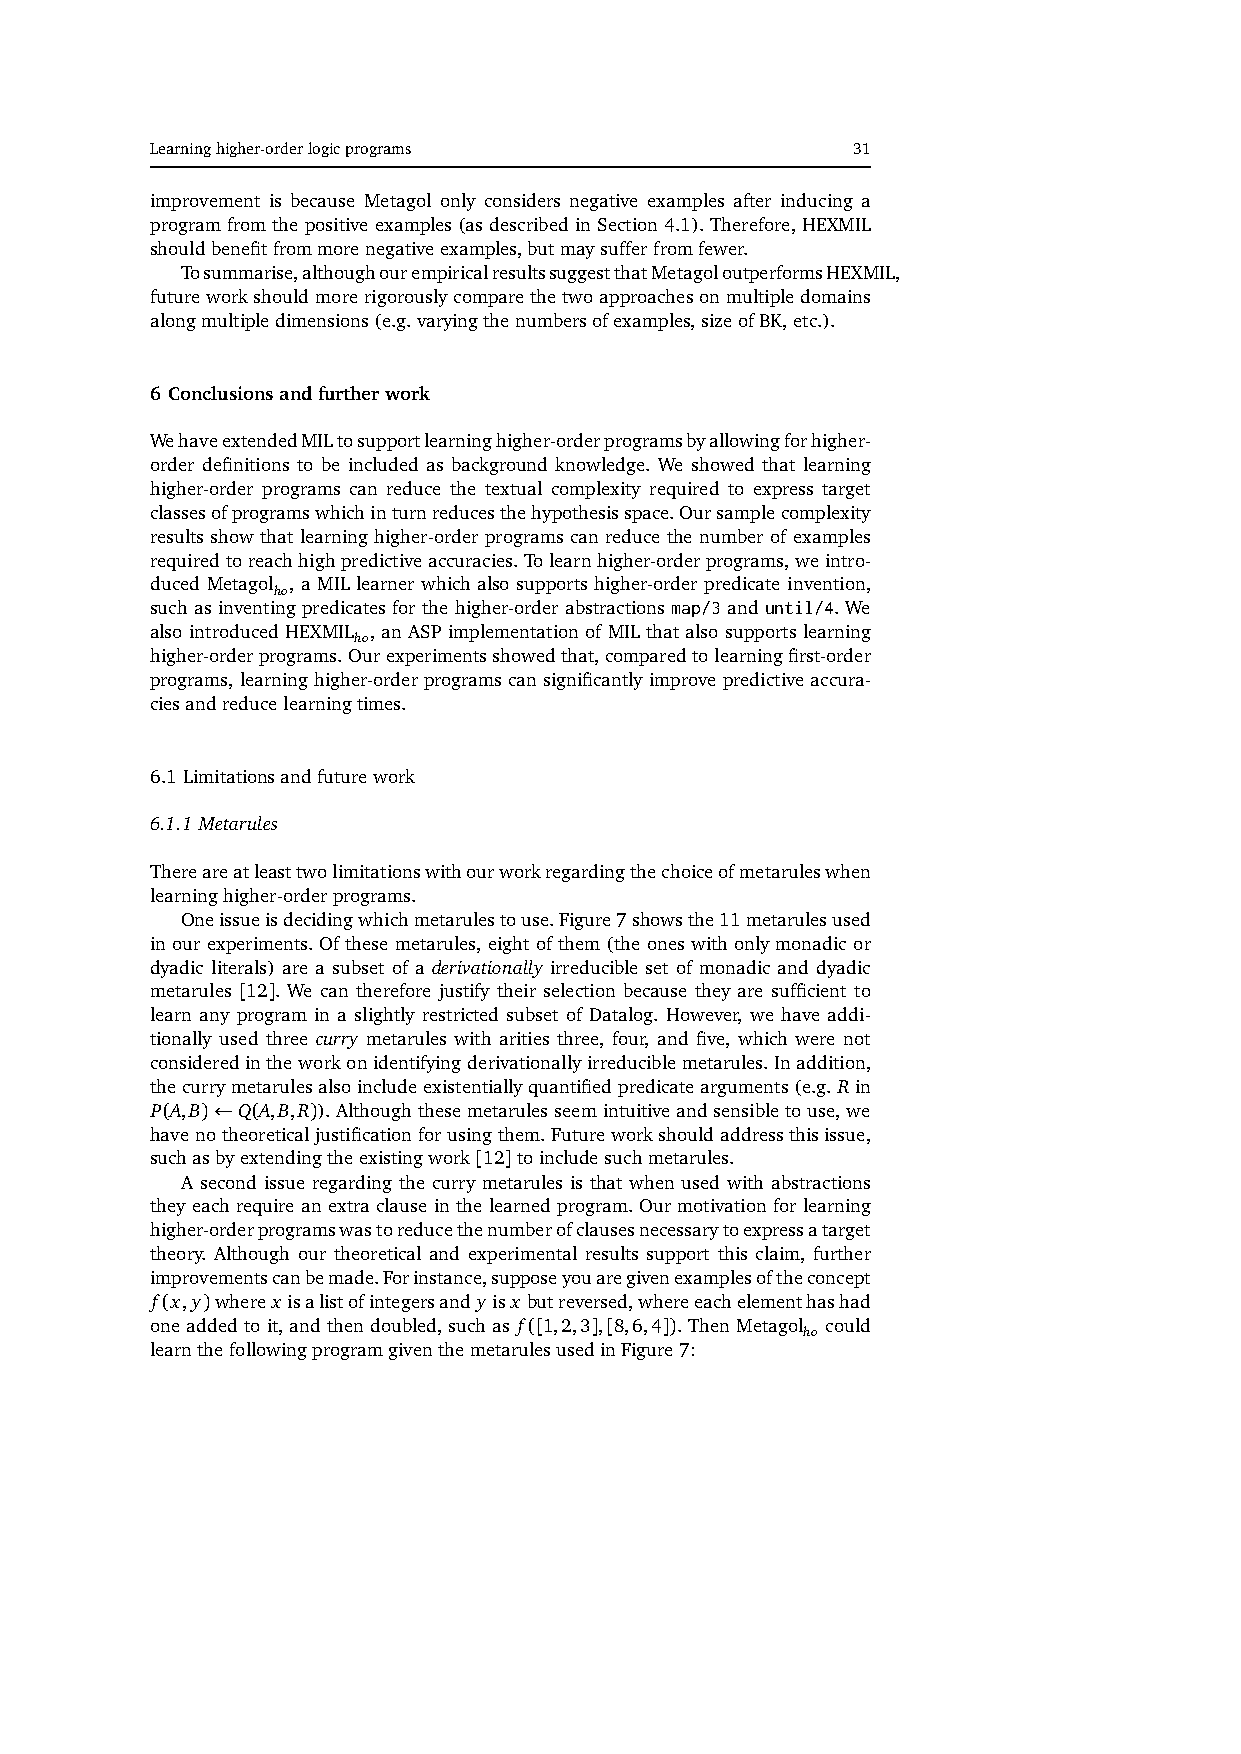
Learninghigher-orderlogicprograms             31
 improvement is because Metagol only considers negative examples after inducing a
 programfromthepositiveexamples(asdescribedinSection4.1).Therefore,HEXMIL
 shouldbenefitfrommorenegativeexamples,butmaysufferfromfewer.
 Tosummarise,althoughourempiricalresultssuggestthatMetagoloutperformsHEXMIL,
 futureworkshouldmorerigorouslycomparethetwoapproachesonmultipledomains
 alongmultipledimensions(e.g.varyingthenumbersofexamples,sizeofBK,etc.).
 6 Conclusionsandfurtherwork
 WehaveextendedMILtosupportlearninghigher-orderprogramsbyallowingforhigher-
 order definitions to be included as background knowledge. We showed that learning
 higher-order programs can reduce the textual complexity required to express target
 classesofprogramswhichinturnreducesthehypothesisspace.Oursamplecomplexity
 results show that learning higher-order programs can reduce the number of examples
 requiredtoreachhighpredictiveaccuracies.Tolearnhigher-orderprograms,weintro-
 duced Metagol , a MIL learner which also supports higher-order predicate invention,
 ho
 such as inventing predicates for the higher-order abstractions map/3 and until/4. We
 also introduced HEXMIL , an ASP implementation of MIL that also supports learning
 ho
 higher-orderprograms.Ourexperimentsshowedthat,comparedtolearningfirst-order
 programs,learninghigher-orderprogramscansignificantlyimprovepredictiveaccura-
 ciesandreducelearningtimes.
 6.1 Limitationsandfuturework
 6.1.1 Metarules
 Thereareatleasttwolimitationswithourworkregardingthechoiceofmetaruleswhen
 learninghigher-orderprograms.
 Oneissueisdecidingwhichmetarulestouse.Figure7showsthe11metarulesused
 inourexperiments.Ofthesemetarules,eightofthem(theoneswithonlymonadicor
 dyadic literals) are a subset of a derivationally irreducible set of monadic and dyadic
 metarules [12]. We can therefore justify their selection because they are sufficient to
 learn any program in a slightly restricted subset of Datalog. However, we have addi-
 tionally used three curry metarules with arities three, four, and five, which were not
 consideredintheworkonidentifyingderivationallyirreduciblemetarules.Inaddition,
 thecurrymetarulesalsoincludeexistentiallyquantifiedpredicatearguments(e.g.Rin
 P(A,B)←Q(A,B,R)).Althoughthesemetarulesseemintuitiveandsensibletouse,we
 havenotheoreticaljustificationforusingthem.Futureworkshouldaddressthisissue,
 suchasbyextendingtheexistingwork[12]toincludesuchmetarules.
 A second issue regarding the curry metarules is that when used with abstractions
 theyeachrequireanextraclauseinthelearnedprogram.Ourmotivationforlearning
 higher-orderprogramswastoreducethenumberofclausesnecessarytoexpressatarget
 theory. Although our theoretical and experimental results support this claim, further
 improvementscanbemade.Forinstance,supposeyouaregivenexamplesoftheconcept
 f(x,y)wherex isalistofintegersand yisx butreversed,whereeachelementhashad
 oneaddedtoit,andthendoubled,suchas f([1,2,3],[8,6,4]).ThenMetagol could
 ho
 learnthefollowingprogramgiventhemetarulesusedinFigure7: